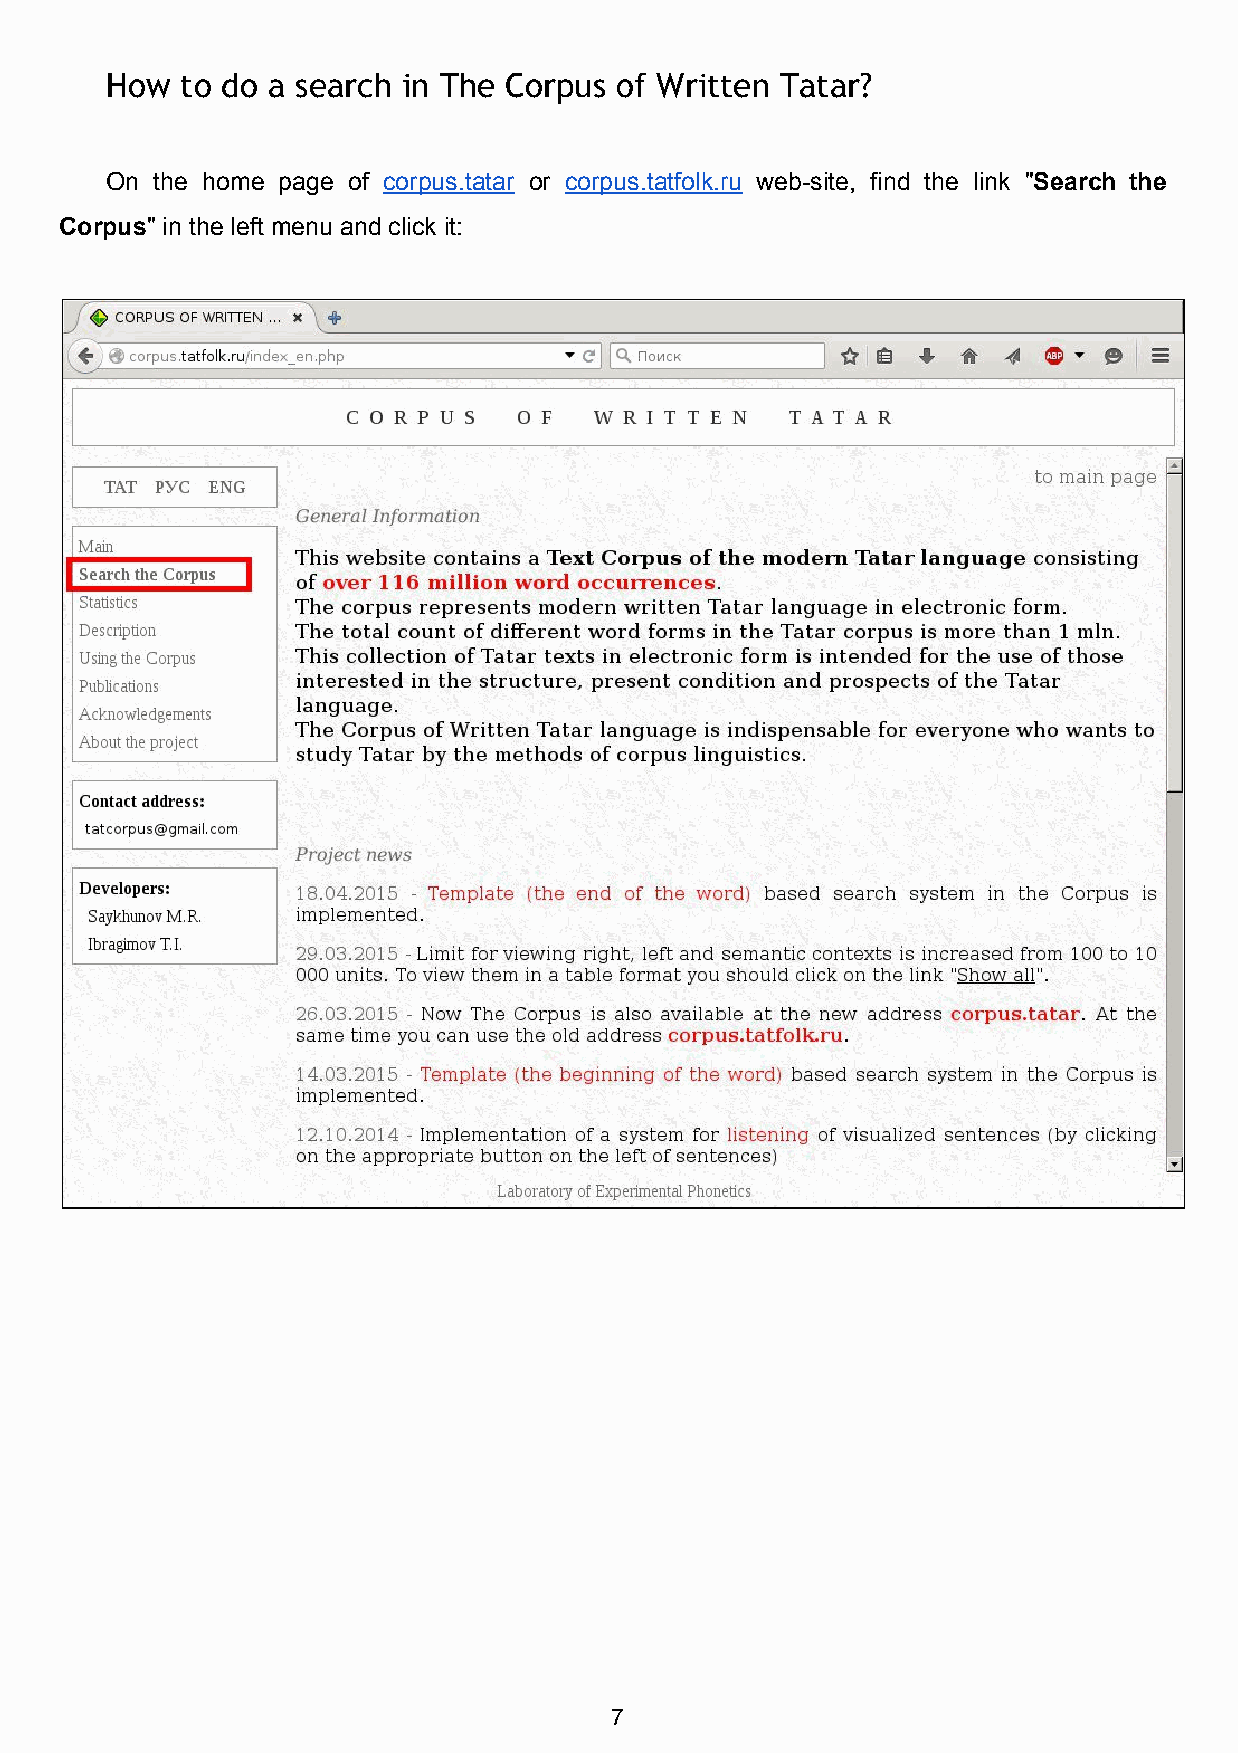
How  to do a search in The Corpus of Written Tatar?
 On the home page of corpus.tatar or corpus.tatfolk.ru web­site, find the link "Search the
 ​           ​                              ​
 Corpus" in the left menu and click it:
 ​
 7